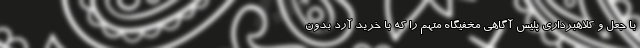
با جعل و کلاهبرداری پلیس آگاهی مخفیگاه متهم را که با خرید آرد بدون